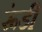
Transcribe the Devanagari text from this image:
रूंडी